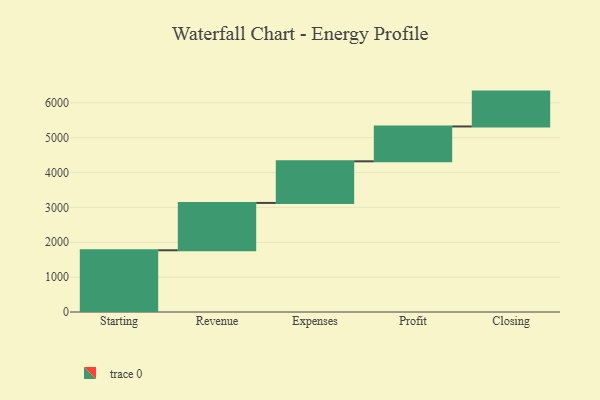
{"axis": {"x": "Step", "y": "Value"}, "legend": [""], "data": [{"x": "Starting", "y": 1771.0, "type": ""}, {"x": "Revenue", "y": 1358.0, "type": ""}, {"x": "Expenses", "y": 1194.0, "type": ""}, {"x": "Profit", "y": 1000, "type": ""}, {"x": "Closing", "y": 1000, "type": ""}]}